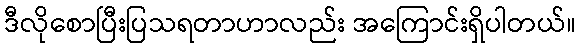
ဒီလိုစောပြီးပြသရတာဟာလည်း အကြောင်းရှိပါတယ်။